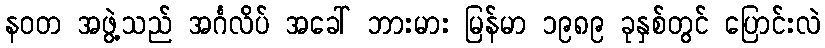
နဝတ အဖွဲ့သည် အင်္ဂလိပ် အခေါ် ဘားမား မြန်မာ ၁၉၈၉ ခုနှစ်တွင် ပြောင်းလဲ